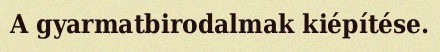
A gyarmatbirodalmak kiépítése.